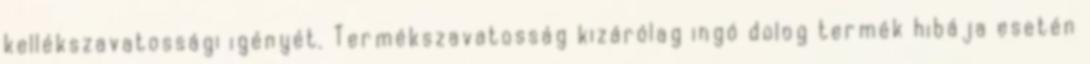
kellékszavatossági igényét. Termékszavatosság kizárólag ingó dolog termék hibája esetén